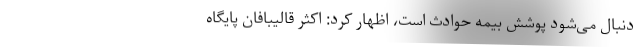
دنبال می‌شود پوشش بیمه حوادث است، اظهار کرد: اکثر قالیبافان پایگاه